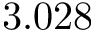
3 . 0 2 8